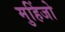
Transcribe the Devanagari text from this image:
मुहिंजो